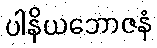
ပါနိယဘောဇနံ